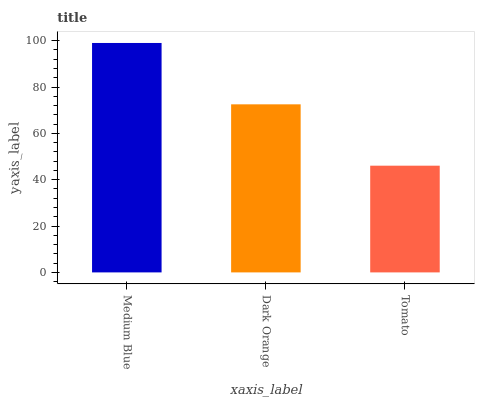
| xaxis_label | bars |
 | --- | --- |
 | Medium Blue | 99 |
 | Dark Orange | 72.5 |
 | Tomato | 46 |